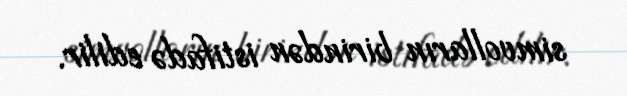
simvolların birindən istifadə edilir.